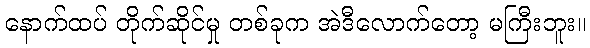
နောက်ထပ် တိုက်ဆိုင်မှု တစ်ခုက အဲဒီလောက်တော့ မကြီးဘူး။